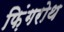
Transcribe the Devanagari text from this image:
फ़िंगरोथ